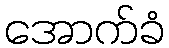
အောက်ခံ